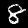
Digit: 8